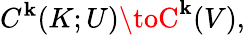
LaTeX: C^{\mathbf{k}}(K;U)\toC^{\mathbf{k}}(V),